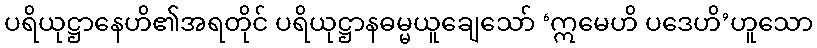
ပရိယုဋ္ဌာနေဟိ၏အရတိုင် ပရိယုဋ္ဌာနဓမ္မယူချေသော် ‘ဣမေဟိ ပဒေဟိ’ဟူသော